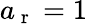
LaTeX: a_{\mathrm{~r~}}=1